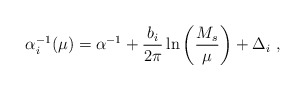
\begin{align*}\alpha_i^{-1}(\mu)=\alpha^{-1}+{b_i\over 2\pi}\ln\left({M_s\over\mu}\right)+\Delta_i~,\end{align*}